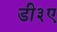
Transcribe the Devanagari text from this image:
डी३ए